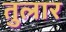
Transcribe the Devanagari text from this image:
तुलार